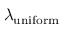
\lambda _ { \mathrm { u n i f o r m } }